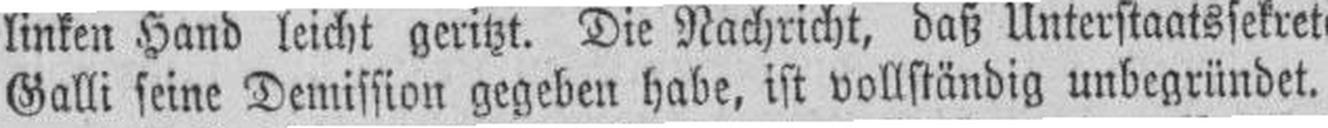
Galli seine Demission gegeben habe, ist vollständig unbegründet.